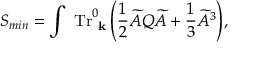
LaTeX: \displaystyle { S _ { m i n } = \int \ { \mathrm { T r } } _ { \mathrm { \bf ~ { k } } } ^ { 0 } \left( \frac { 1 } { 2 } \widetilde { { \cal A } } Q \widetilde { { \cal A } } + \frac { 1 } { 3 } \widetilde { { \cal A } } ^ { 3 } \right) } ,